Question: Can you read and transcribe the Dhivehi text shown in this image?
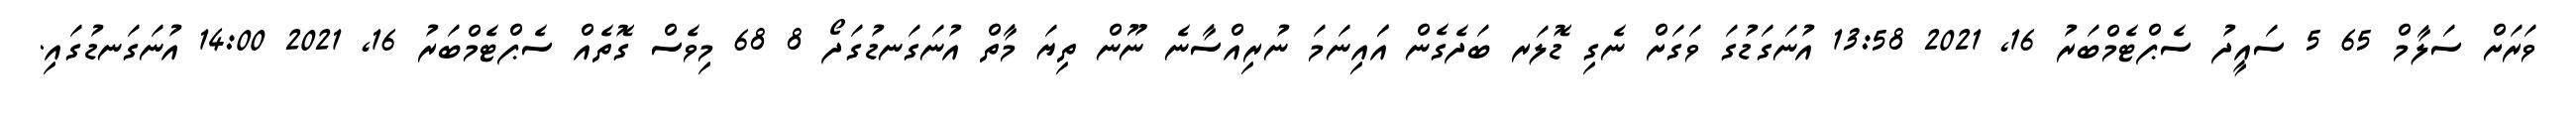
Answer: ވަރަށް ސަލާމް 65 5 ސައީދު ސެޕްޓެމްބަރު 16, 2021 13:58 އުނަގަޑުގަ ވަގަށް ނެގި ޑޮލަރ ބަދެގެން އަައިނަމަ ނުރިއްސާނެ ނޫން ތިޔަ މާތް އުނަގަނޑުގަދޯ 8 68 މިވެސް ގޮތެއް ސެޕްޓެމްބަރު 16, 2021 14:00 އުނަގަނޑުގައި.